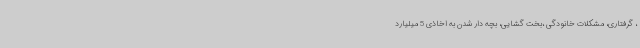
، گرفتاری، مشکلات خانودگی ،بخت گشایی، بچه دار شدن به اخاذی 5 میلیارد